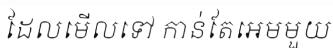
ដែលមើលទៅ កាន់តែអេមមួយ